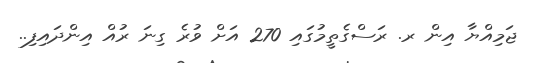
ޖަމިއްޔާ އިން ރ. ރަސްގެތީމުގައި 270 އަށް ވުރެ ގިނަ ރުއް އިންދައިފި..